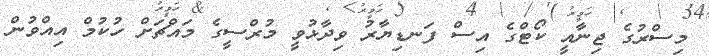
މިސްރުގެ ޖިނާއީ ކޯޓްގެ އިސް ފަނޑިޔާރު ވިދާޅުވީ މުރްސީގެ މައްޗަށް ހުކުމް އިއްވުން